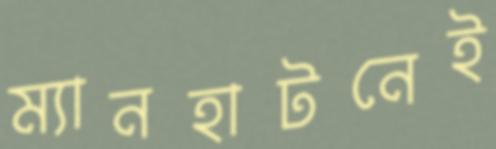
ম্যানহাটনেই